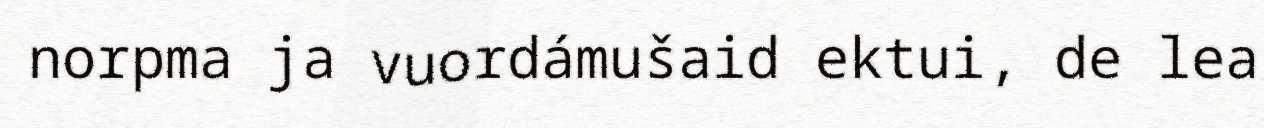
norpma ja vuordámušaid ektui, de lea